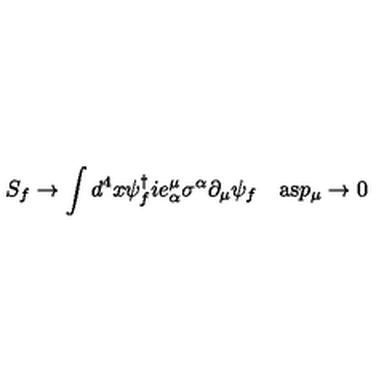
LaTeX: S _ { f } \rightarrow \int d ^ { 4 } x \psi _ { f } ^ { \dagger } i e _ { \alpha } ^ { \mu } \sigma ^ { \alpha } \partial _ { \mu } \psi _ { f } \quad \mathrm { a s } p _ { \mu } \rightarrow 0